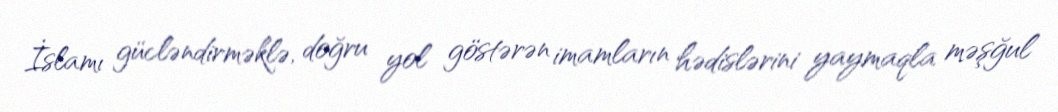
İslamı gücləndirməklə, doğru yol göstərən imamların hədislərini yaymaqla məşğul